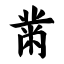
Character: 黹